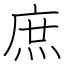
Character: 庶